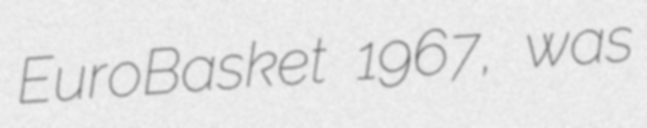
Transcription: EuroBasket 1967, was